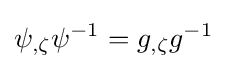
\psi _{,\zeta }\psi ^{-1}=g_{,\zeta }g^{-1}